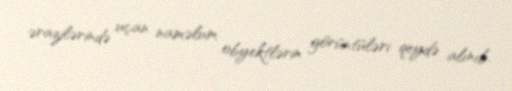
ərazilərində uçan naməlum obyektlərin görüntüləri qeydə alınıb.